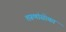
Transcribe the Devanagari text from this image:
तरूणांसोबत